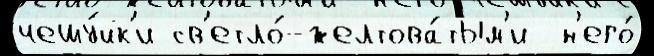
чешу́йк'и св'етло́-желтова́тым'и  н'его́